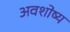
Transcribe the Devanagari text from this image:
अवशोष्य